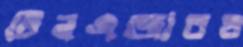
টিনএজারও